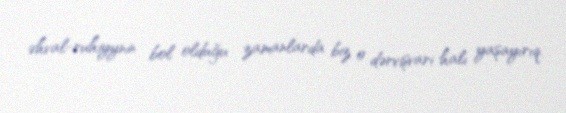
əhval-ruhiyynin bol olduğu zamanlarda biz o dərvişvari halı yaşayırıq.